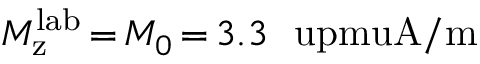
M _ { \mathrm { z } } ^ { \mathrm { l a b } } \, { = } \, M _ { 0 } \, { = } \, 3 . 3 ~ \mathrm { \ u p m u A / m }